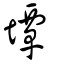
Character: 墰